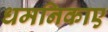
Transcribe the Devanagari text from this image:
धमनिकाए